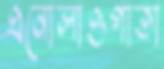
এনোলাওগাতা